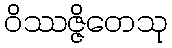
ဝိဿဇ္ဇိတေသု